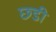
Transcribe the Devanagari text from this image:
छ्डी